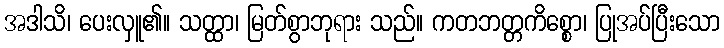
အဒါသိ၊ ပေးလှူ၏။ သတ္ထာ၊ မြတ်စွာဘုရား သည်။ ကတဘတ္တကိစ္စော၊ ပြုအပ်ပြီးသော